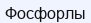
Фосфорлы